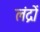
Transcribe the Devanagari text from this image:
लंद्रों